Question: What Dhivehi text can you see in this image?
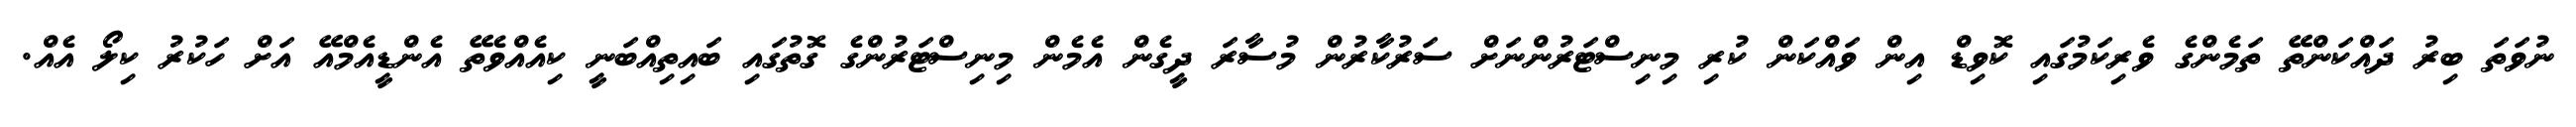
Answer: ނުވަތަ ބިރު ދައްކަންތޭ ތަމެންގެ ވެރިކަމުގައި ކޮވިޑް އިން ވައްކަން ކުރި މިނިސްޓަރުންނަށް ސަރުކާރުން މުސާރަ ދީގެން އެމެން މިނިސްޓަރުންގެ ގޮތުގައި ބައިތިއްބަނީ ކިއެއްވެތޭ އެންޑީއެމްއޭ އަށް ހަކުރު ކިލޯ އެއް.